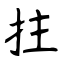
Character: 拄